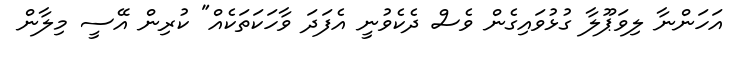
އަހަންނާ ލިވަޕޫލާ ގުޅުވައިގެން ވެސް ދެކެވުނީ އެފަދަ ވާހަކަތަކެއް" ކުރިން އޭސީ މިލާން